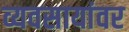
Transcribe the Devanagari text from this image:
व्यवसायांवर